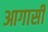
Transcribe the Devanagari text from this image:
आगासी